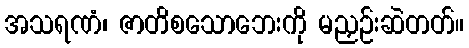
အသရဏံ၊ ဇာတိစသောဘေးကို မညှဉ်းဆဲတတ်။